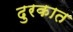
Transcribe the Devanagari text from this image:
दुरकात